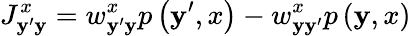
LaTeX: J_{\mathbf{y}^{\prime}\mathbf{y}}^{x}=w_{\mathbf{y}^{\prime}\mathbf{y}}^{x}p\left(\mathbf{y}^{\prime},x\right)-w_{\mathbf{y}\mathbf{y}^{\prime}}^{x}p\left(\mathbf{y},x\right)